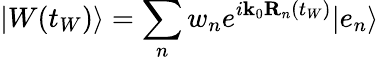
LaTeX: \vert W(t_{W})\rangle=\sum_{n}w_{n}e^{i\mathbf{k}_{0}\mathbf{R}_{n}(t_{W})}\vert e_{n}\rangle